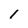
Character: 1